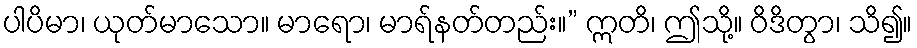
ပါပိမာ၊ ယုတ်မာသော။ မာရော၊ မာရ်နတ်တည်း။” ဣတိ၊ ဤသို့။ ဝိဒိတွာ၊ သိ၍။